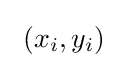
\ (x_{i},y_{i})\